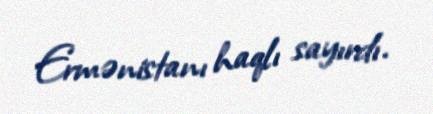
Ermənistanı haqlı sayırdı.